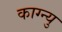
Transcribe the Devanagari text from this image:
काग्न्यु